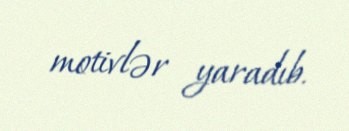
motivlər yaradıb.